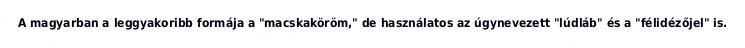
A magyarban a leggyakoribb formája a "macskaköröm," de használatos az úgynevezett "lúdláb" és a "félidézőjel" is.